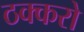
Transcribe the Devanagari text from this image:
ठक्करो